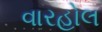
વારહોલ